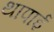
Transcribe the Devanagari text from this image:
थापाई